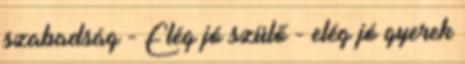
szabadság - Elég jó szülő - elég jó gyerek